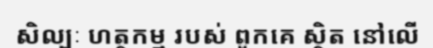
សិល្បៈ ហត្ថកម្ម របស់ ពួកគេ ស្ថិត នៅលើ